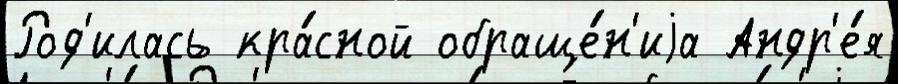
Род'илась кра́сной обраще́н'иjа Андр'е́я